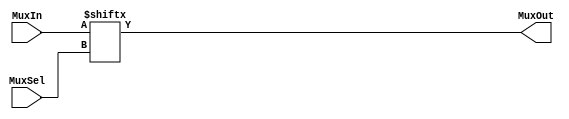
module nbit_mux(MuxIn,   // Mux input: 2^SELECT_WIDTH bits.
                MuxOut,  // Mux output: 1 bit.
					 MuxSel); // Mux select lines: SELECT_WIDTH bits.

// Specifies the select line width.
parameter SELECT_WIDTH = 3;

//-------------Input Ports-----------------------------
input  [2 ** SELECT_WIDTH-1:0] MuxIn;
input  [SELECT_WIDTH-1:0] MuxSel;
//-------------Output Ports----------------------------
output MuxOut;
//-------------Wires-----------------------------------
//-------------Other-----------------------------------
//------------Code Starts Here-------------------------
assign MuxOut = MuxIn[MuxSel];
endmodule